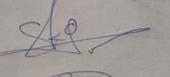
Signature authenticity: genuine